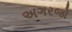
અગરજો